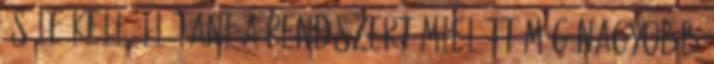
és le kell állítani a rendszert mielőtt még nagyobb